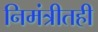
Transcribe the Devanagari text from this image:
निमंत्रीतही